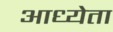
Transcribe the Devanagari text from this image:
आध्येता